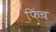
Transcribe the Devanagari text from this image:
फ़िंच